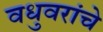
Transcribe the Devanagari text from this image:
वधुवरांचे